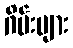
ဂိမ်းများ